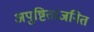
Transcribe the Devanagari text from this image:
अपुष्टिताजनित